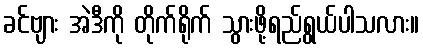
ခင်ဗျား အဲဒီကို တိုက်ရိုက် သွားဖို့ရည်ရွယ်ပါသလား။